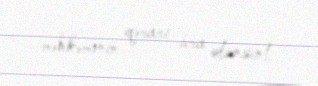
məhkəmənin qərarı icra olunsun!.